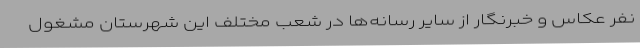
نفر عکاس و خبرنگار از سایر رسانه‌ها در شعب مختلف این شهرستان مشغول